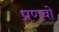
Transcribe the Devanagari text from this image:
प्रणवो